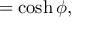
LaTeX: = \cosh \phi ,